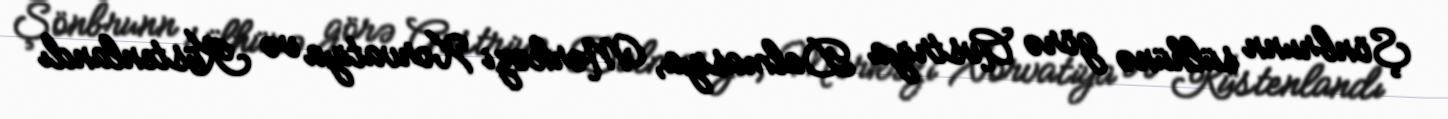
Şönbrunn sülhünə görə Avstriya Dalmasiya, Mərkəzi Xorvatiya və Küstenlandı